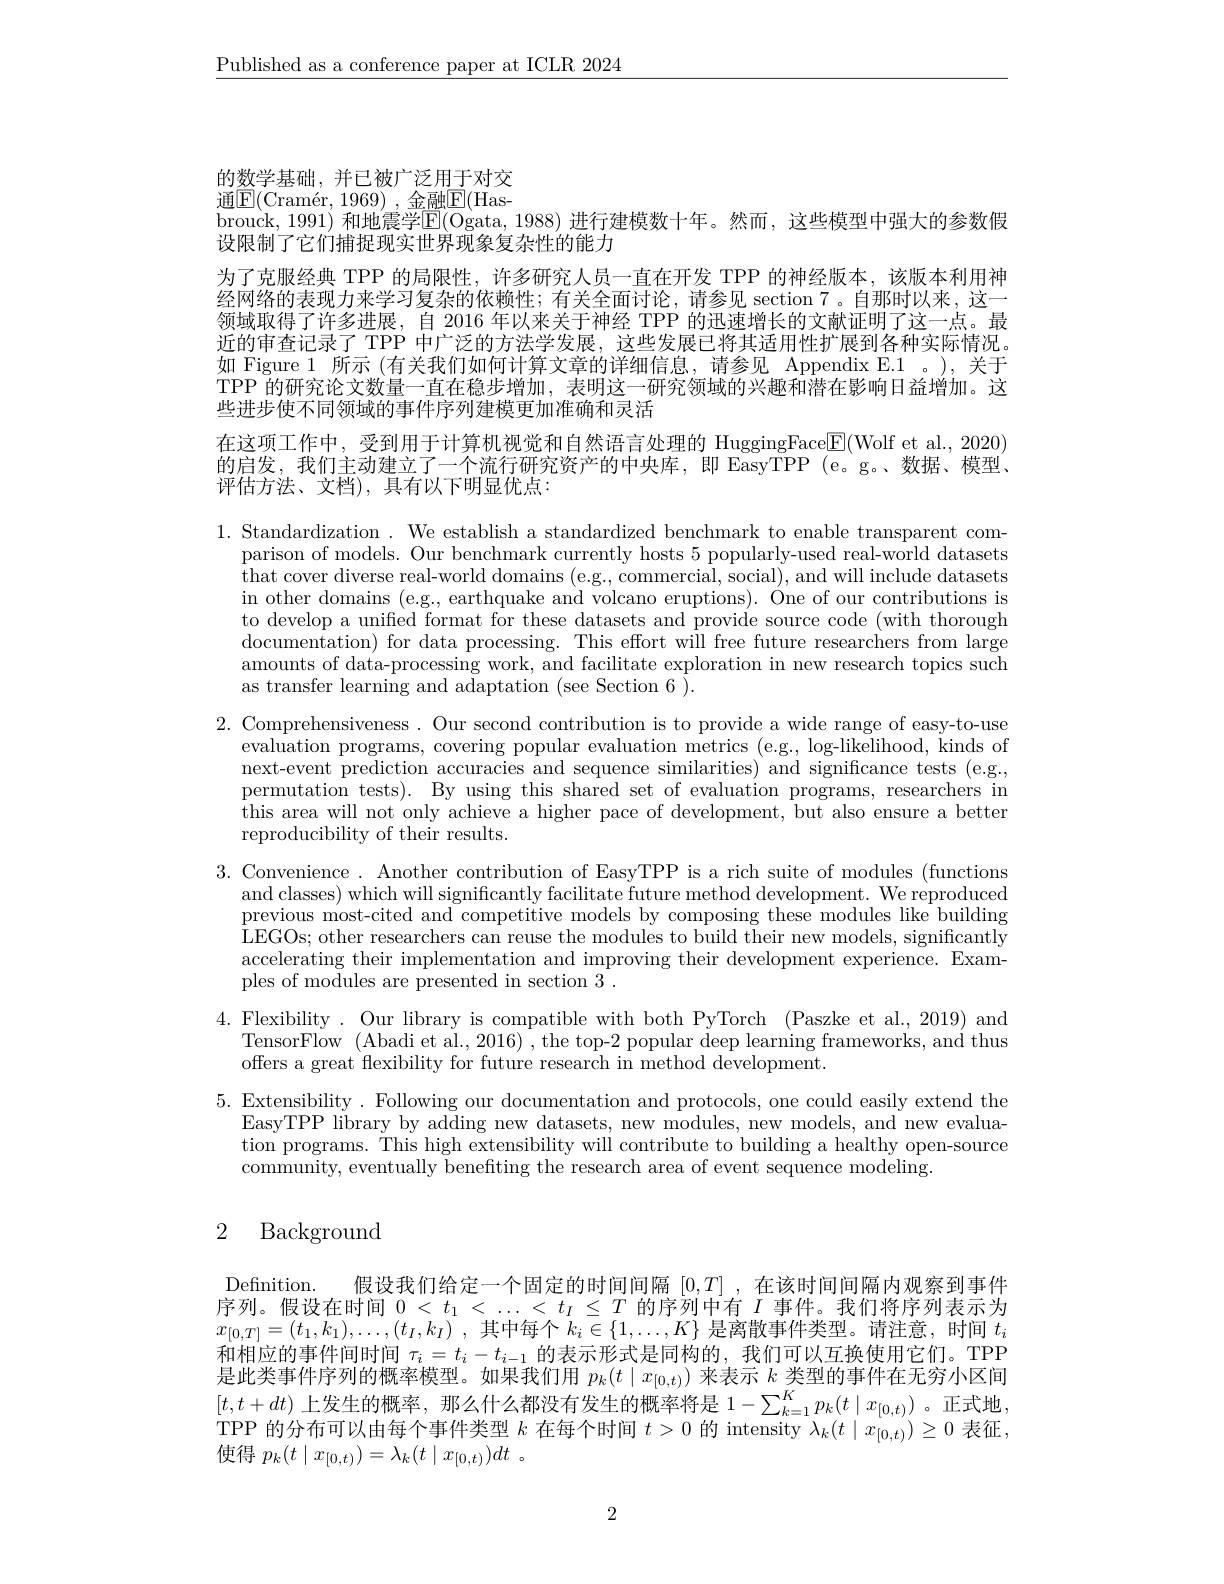
$\underline{\text{Published as a conference paper at ICLR 2024}}$

的数学基础，并已被广泛用于对交通$\boxed{\mathrm{F} }( \text{Cram\' {e}r, 1969) }$,金融$\boxed{\mathrm{F}}($Hasbrouck, 1991) 和地震学$\overline{\mathrm{E}}($Ogata, 1988) 进行建模数十年。然而，这些模型中强大的参数假
设限制了它们捕捉现实世界现象复杂性的能力
为了克服经典 TPP 的局限性，许多研究人员一直在开发 TPP 的神经版本，该版本利用神经网络的表现力来学习复杂的依赖性；有关全面讨论，请参见 section 7。自那时以来，这一领域取得了许多进展，自 2016 年以来关于神经 TPP 的迅速增长的文献证明了这一点。最近的审查记录了 TPP 中广泛的方法学发展，这些发展已将其适用性扩展到各种实际情况。如 Figure 1 所示 (有关我们如何计算文章的详细信息，请参见 Appendix E.1 。),关于TPP 的研究论文数量一直在稳步增加，表明这一研究领域的兴趣和潜在影响日益增加。这些进步使不同领域的事件序列建模更加准确和灵活
在这项工作中，受到用于计算机视觉和自然语言处理的 HuggingFace$\boxed{\mathrm{F}}($Wolf et al.,2020) 的启发，我们主动建立了一个流行研究资产的中央库，即 EasyTPP(e。g。、数据、模型、 评估方法、文档),具有以下明显优点：

1. Standardization . We establish a standardized benchmark to enable transparent com-
parison of models. Our benchmark currently hosts 5 popularly-used real-world datasets that cover diverse real-world domains (e.g., commercial, social), and will include datasets in other domains (e.g., earthquake and volcano eruptions). One of our contributions is to develop a unified format for these datasets and provide source code (with thorough $documentation)$ for data processing. This effort will free future researchers from large amounts of data-processing work, and facilitate exploration in new research topics such as transfer learning and adaptation (see Section 6).

2. Comprehensiveness. Our second contribution is to provide a wide range of easy-to-use
evaluation programs, covering popular evaluation metrics (e.g., log-likelihood, kinds of next-event prediction accuracies and sequence similarities) and significance tests (e.g., permutation tests). By using this shared set of evaluation programs, researchers in this area will not only achieve a higher pace of development, but also ensure a better reproducibility of their results.
3. Convenience . Another contribution of EasyTPP is a rich suite of modules (functions
and classes) which will significantly facilitate future method development. We reproduced previous most-cited and competitive models by composing these modules like building LEGOs; other researchers can reuse the modules to build their new models, significantly accelerating their implementation and improving their development experience. Examples of modules are presented in section 3 .
4. Flexibility. Our library is compatible with both PyTorch (Paszke et al., 2019) and
TensorFlow (Abadi et al., 2016) , the top-2 popular deep learning frameworks, and thus
offers a great flexibility for future research in method development.
5. Extensibility. Following our documentation and protocols, one could easily extend the
EasyTPP library by adding new datasets, new modules, new models, and new evaluation programs. This high extensibility will contribute to building a healthy open-source community, eventually benefting the research area of event sequence modeling.

## 2 Background

Definition.
假设我们给定一个固定的时间间隔$[0,T]$ ,在该时间间隔内观察到事件
序列。假设在时间$0<t_1<\ldots<t_I\leq T$的序列中有$I$事件。我们将序列表示为$x_{[ 0, T] }= ( t_1, k_1) , \ldots , ( t_I, k_I)$ ,其中每个$k_i\in\{1,\ldots,K\}$是离散事件类型。请注意，时间$t_i$ 和相应的事件间时间$\tau_i=t_i-t_{i-1}$的表示形式是同构的，我们可以互换使用它们。TPP 是此类事件序列的概率模型。如果我们用$p_k(t\mid x_{[0,t)})$来表示$k\underset{V}{\operatorname*{\text{类型的事件在无穷小区间}}}$ $[t,t+dt)$ 上发生的概率，那么什么都没有发生的概率将是 $1-\sum_k=1^Kp_k(t\mid x_{[0,t)})$。正式地， TPP 的分布可以由每个事件类型$k$在每个时间$t>0$的 intensity $\lambda_k(t\mid x_{[0,t)})\geq0$表征， 使得$p_k( t\mid x_{[ 0, t) }) = \lambda _k( t\mid x_{[ 0, t) }) dt$ .

2